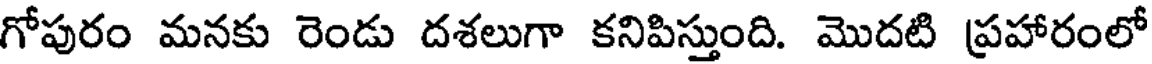
గోపురం మనకు రెండు దశలుగా కనిపిస్తుంది. మొదటి ప్రహారంలో